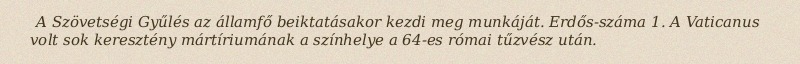
A Szövetségi Gyűlés az államfő beiktatásakor kezdi meg munkáját. Erdős-száma 1. A Vaticanus volt sok keresztény mártíriumának a színhelye a 64-es római tűzvész után.